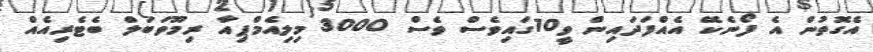
އެގޮތުން އެ ފޯނެކޭ އެއްފަދައިން ވީ10ގައިވެސް ވެސް 3000 މިލިއެމްޕިއާ ރިމޫވަބަލް ބެޓެރިއެއް